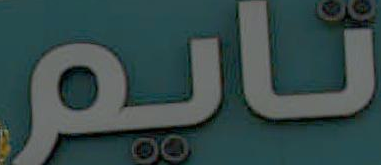
نايم